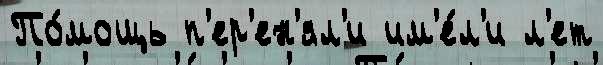
По́мощь п'ер'ен'ял'и им'е́л'и л'ет